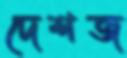
দেশজ